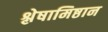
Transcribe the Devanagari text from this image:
श्लेषामिष्ठान